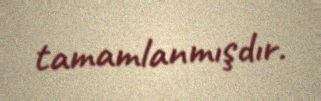
tamamlanmışdır.